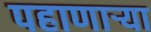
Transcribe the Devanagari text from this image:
पहाणार्‍या